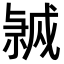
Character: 𭟸